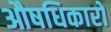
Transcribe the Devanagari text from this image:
औषधिकारों